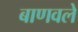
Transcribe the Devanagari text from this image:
बाणवले